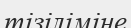
тізіліміне